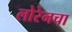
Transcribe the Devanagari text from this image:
लोरेनचा